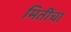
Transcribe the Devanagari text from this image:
मितींचा